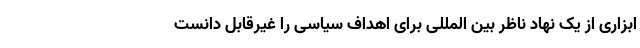
ابزاری از یک نهاد ناظر بین المللی برای اهداف سیاسی را غیرقابل دانست